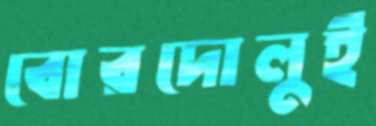
বোরদোলুই